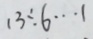
1 3 \div 6 \cdots 1